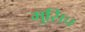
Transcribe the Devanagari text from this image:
मुसिच